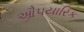
ઔપયારિક